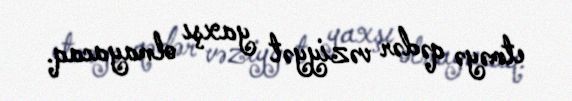
etməyə qədər vəziyyət yaxşı olmayacaq.